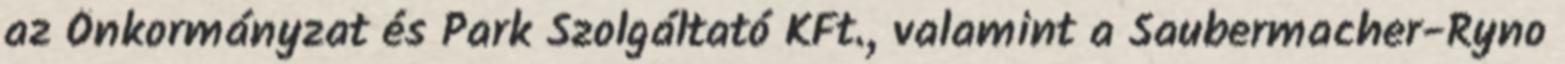
az Önkormányzat és Park Szolgáltató KFt., valamint a Saubermacher-Ryno